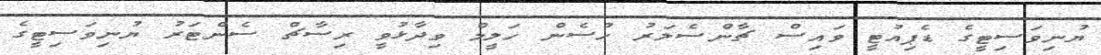
ޔުނިވަސިޓީގެ ޑެޕިއުޓީ ވައިސް ޗާންސެލަރު ހުސެން ހަލީމް ވިދާޅުވީ ރިސާޗް ސެންޓަރު ޔުނިވަސިޓީގެ